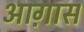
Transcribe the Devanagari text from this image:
आग़ास